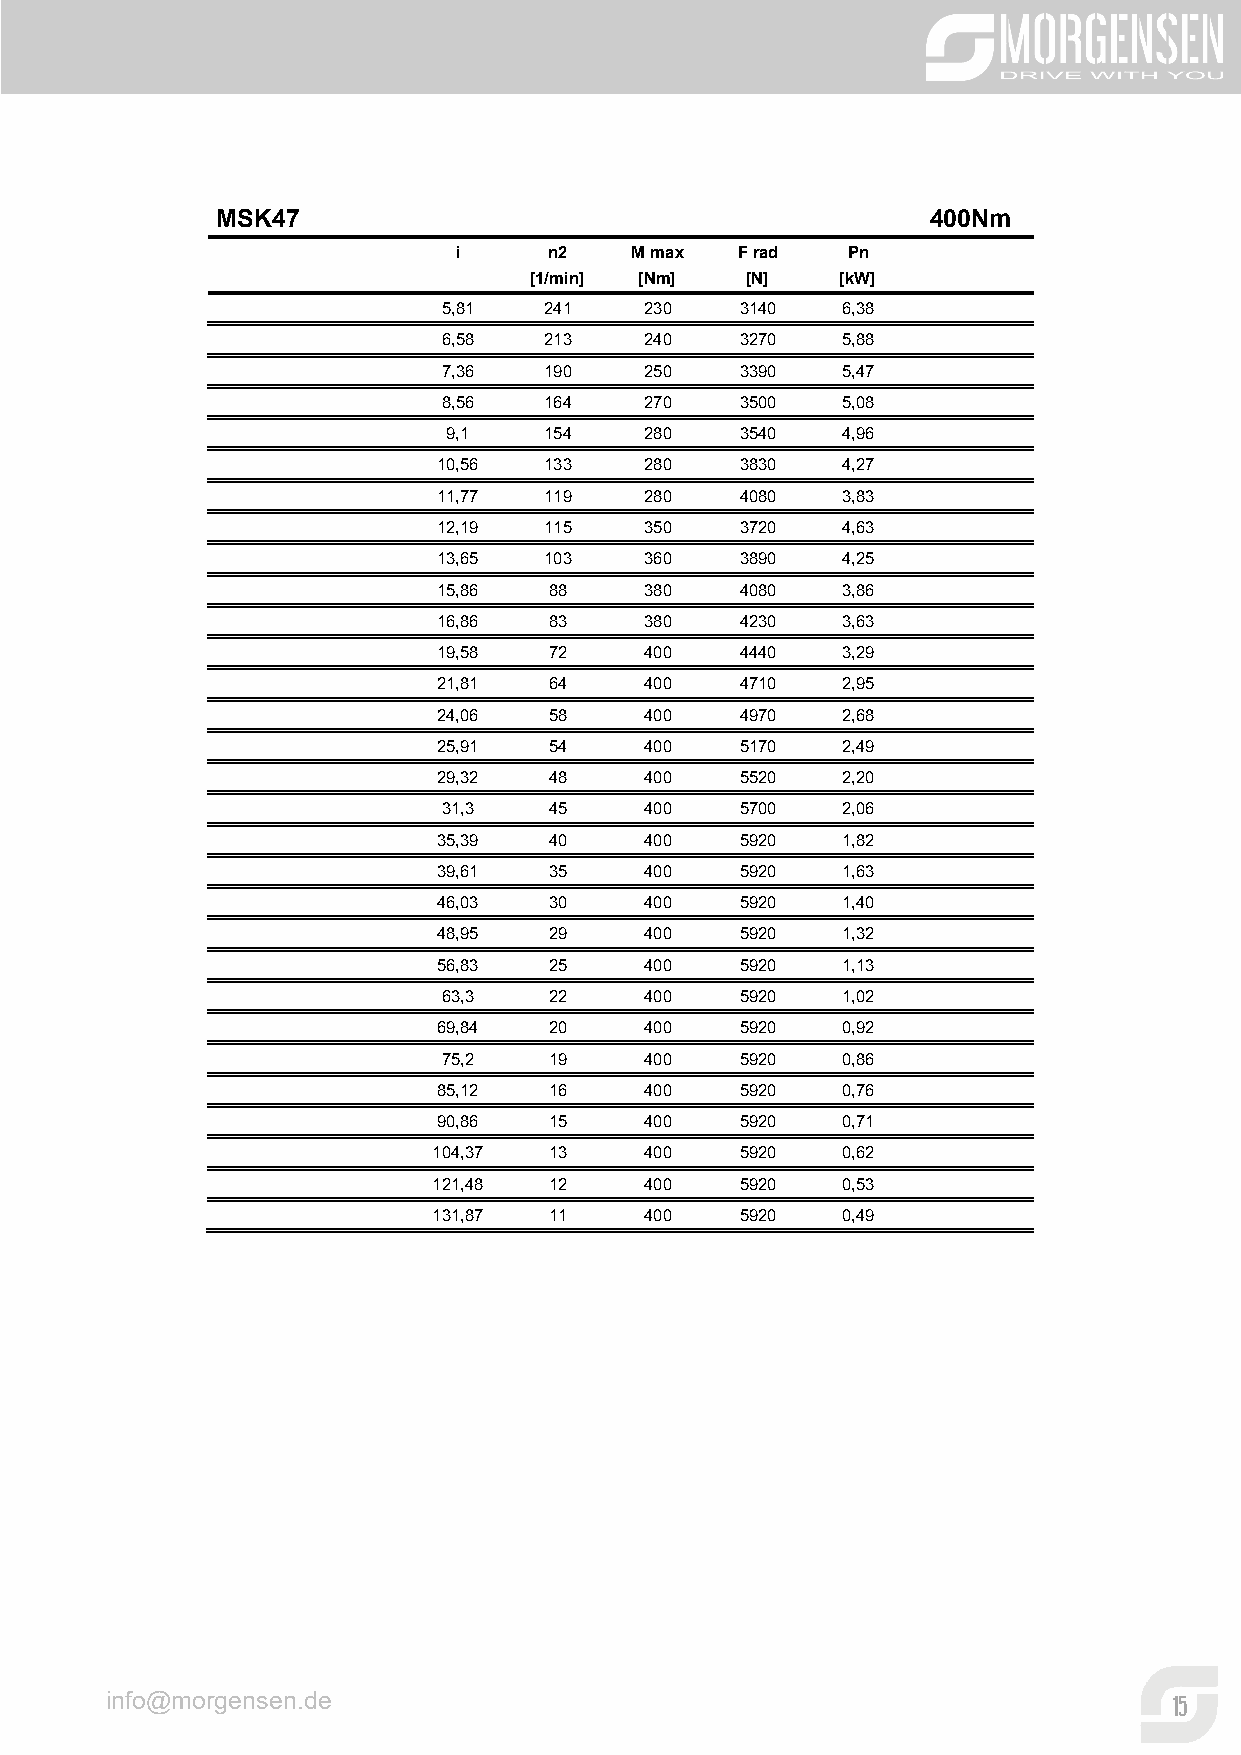
MSK47                                           400Nm
 i     n2    M max  F rad  Pn
 [1/min] [Nm]  [N]    [kW]
 5,81   241    230   3140   6,38
 6,58   213    240   3270   5,88
 7,36   190    250   3390   5,47
 8,56   164    270   3500   5,08
 9,1   154    280   3540   4,96
 10,56  133    280   3830   4,27
 11,77  119    280   4080   3,83
 12,19  115    350   3720   4,63
 13,65  103    360   3890   4,25
 15,86  88     380   4080   3,86
 16,86  83     380   4230   3,63
 19,58  72     400   4440   3,29
 21,81  64     400   4710   2,95
 24,06  58     400   4970   2,68
 25,91  54     400   5170   2,49
 29,32  48     400   5520   2,20
 31,3   45     400   5700   2,06
 35,39  40     400   5920   1,82
 39,61  35     400   5920   1,63
 46,03  30     400   5920   1,40
 48,95  29     400   5920   1,32
 56,83  25     400   5920   1,13
 63,3   22     400   5920   1,02
 69,84  20     400   5920   0,92
 75,2   19     400   5920   0,86
 85,12  16     400   5920   0,76
 90,86  15     400   5920   0,71
 104,37 13     400   5920   0,62
 121,48 12     400   5920   0,53
 131,87 11     400   5920   0,49
 info@morgensen.de
 15